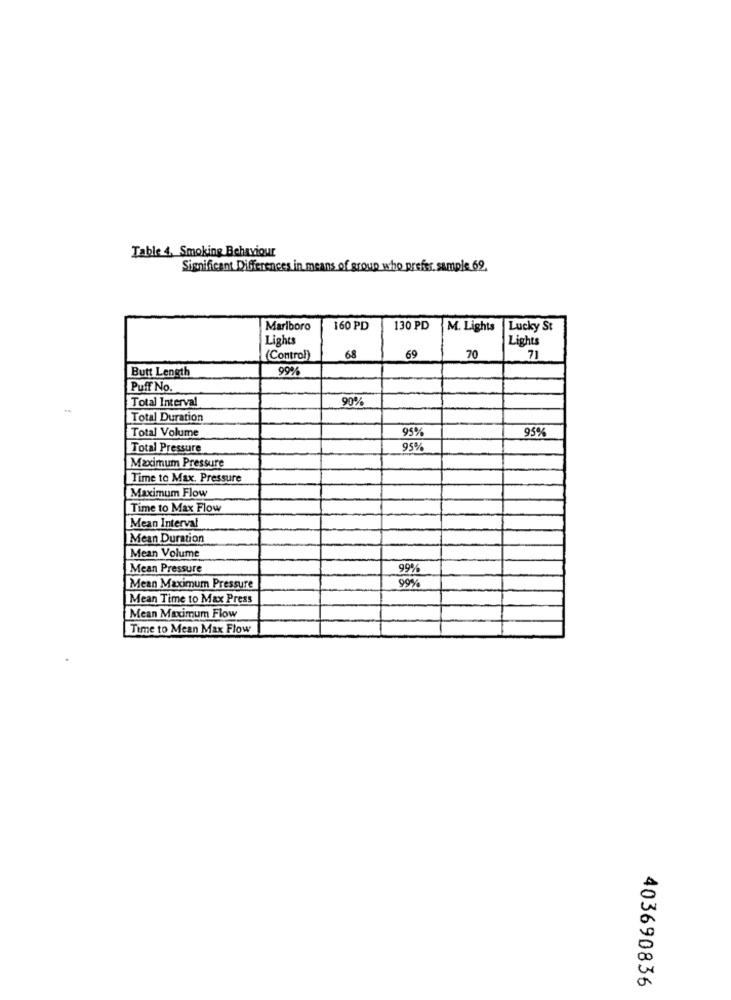
Table 4. Smoking Behaviour
Significant Differences in means of group who prefer sample 69.
Marlboro
160 PD
130 PD
M. Lights Lucky St
Lights
Lights
(Control)
68
69
70
71
99%
Butt Length
Puff No.
Total Interval
90%
Total Duration
Total Volume
95%
95%
Total Pressure
95%
Maximum Pressure
Time to Max. Pressure
Maximum Flow
Time to Max Flow
Mean Interval
Mean Duration
Mean Volume
Mean Pressure
00%
Mean Maximum Pressure
Mean Time to Max Press
Mean Maximum Flow
Time to Mean Max Flow
403690836